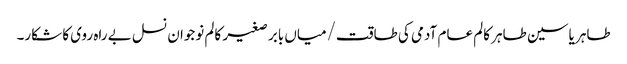
طاہر یاسین طاہر	کالم	عام آدمی کی طاقت/میاں بابر صغیر	کالم	نوجوان نسل بے راہ روی کا شکار۔